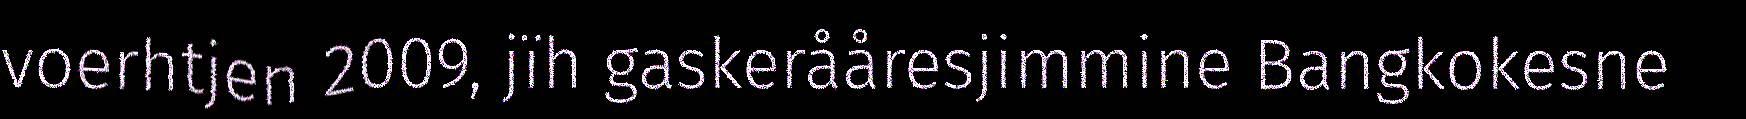
voerhtjen 2009, jïh gaskerååresjimmine Bangkokesne